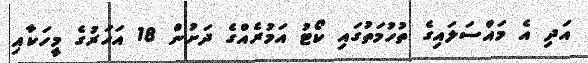
އަދި އެ މައްސަލައިގެ ތުހުމަތުގައި ކޯޓު އަމުރެއްގެ ދަށުން 18 އަހަރުގެ މީހަކާއި